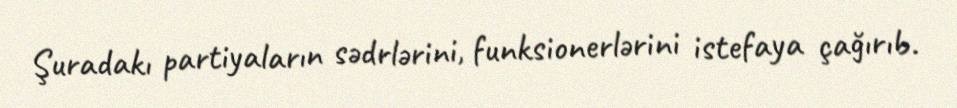
Şuradakı partiyaların sədrlərini, funksionerlərini istefaya çağırıb.